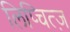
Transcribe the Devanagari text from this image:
लिप्चित्ज़